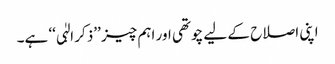
اپنی اصلاح کے لیے چوتھی اور اہم چیز ’’ذکر الہٰی‘‘ ہے۔